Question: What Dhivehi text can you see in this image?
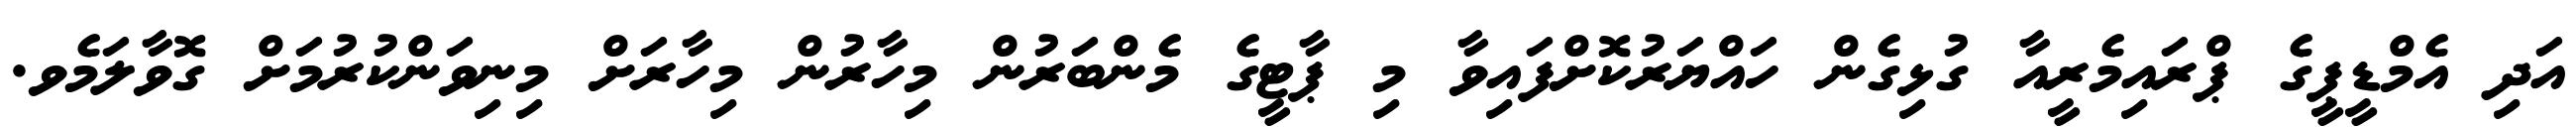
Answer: އަދި އެމްޑީޕީގެ ޕްރައިމެރީއާ ގުޅިގެން ހައްޔަރުކޮށްފައިވާ މި ޕާޓީގެ މެންބަރުން މިހާރުން މިހާރަށް މިނިވަންކުރުމަށް ގޮވާލަމެވ.